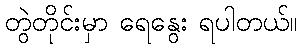
တွဲတိုင်းမှာ ရေနွေး ရပါတယ်။